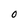
Character: O